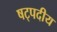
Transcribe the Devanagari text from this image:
षट्पदीय